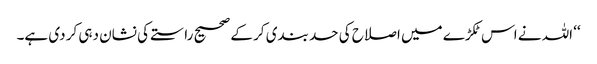
‘‘ اللہ نے اس ٹکڑے میں اصلاح کی حد بندی کر کے صحیح راستے کی نشان دہی کر دی ہے۔